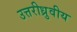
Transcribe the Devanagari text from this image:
उत्तरीध्रुवीय